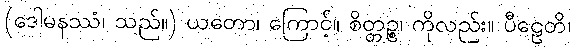
(ဒေါမနဿံ၊ သည်။) ယတော၊ ကြောင့်။ စိတ္တဉ္စ၊ ကိုလည်း။ ပီဠေတိ၊